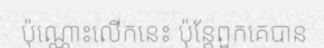
ប៉ុណ្ណោះលើកនេះ ប៉ុន្តែពួកគេបាន